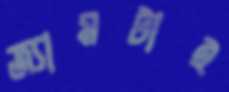
জ্যামটাই